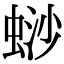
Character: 𬠋